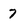
Character: 7